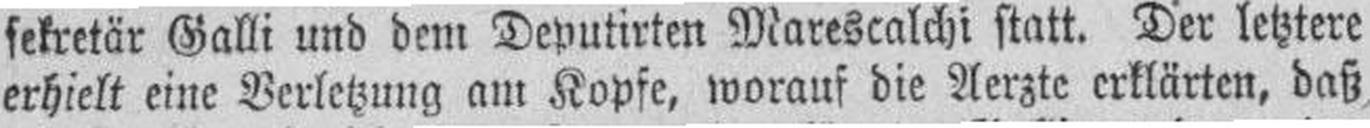
erhielt eine Verletzung am Kopfe, worauf die Aerzte erklärten, daß